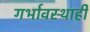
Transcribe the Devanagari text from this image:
गर्भावस्थाही